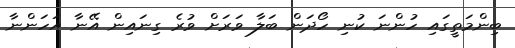
ބިންމަތީގައި ހުންނަ ކުނި ހޯދަން ބަލާ ވަރަށް ވުރެ ގިނައިން އޭނާ އަހަންނާ